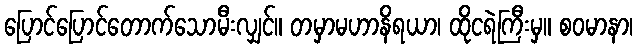
ပြောင်ပြောင်တောက်သောမီးလျှင်။ တမှာမဟာနိရယာ၊ ထိုငရဲကြီးမှ။ စဝမာနာ၊